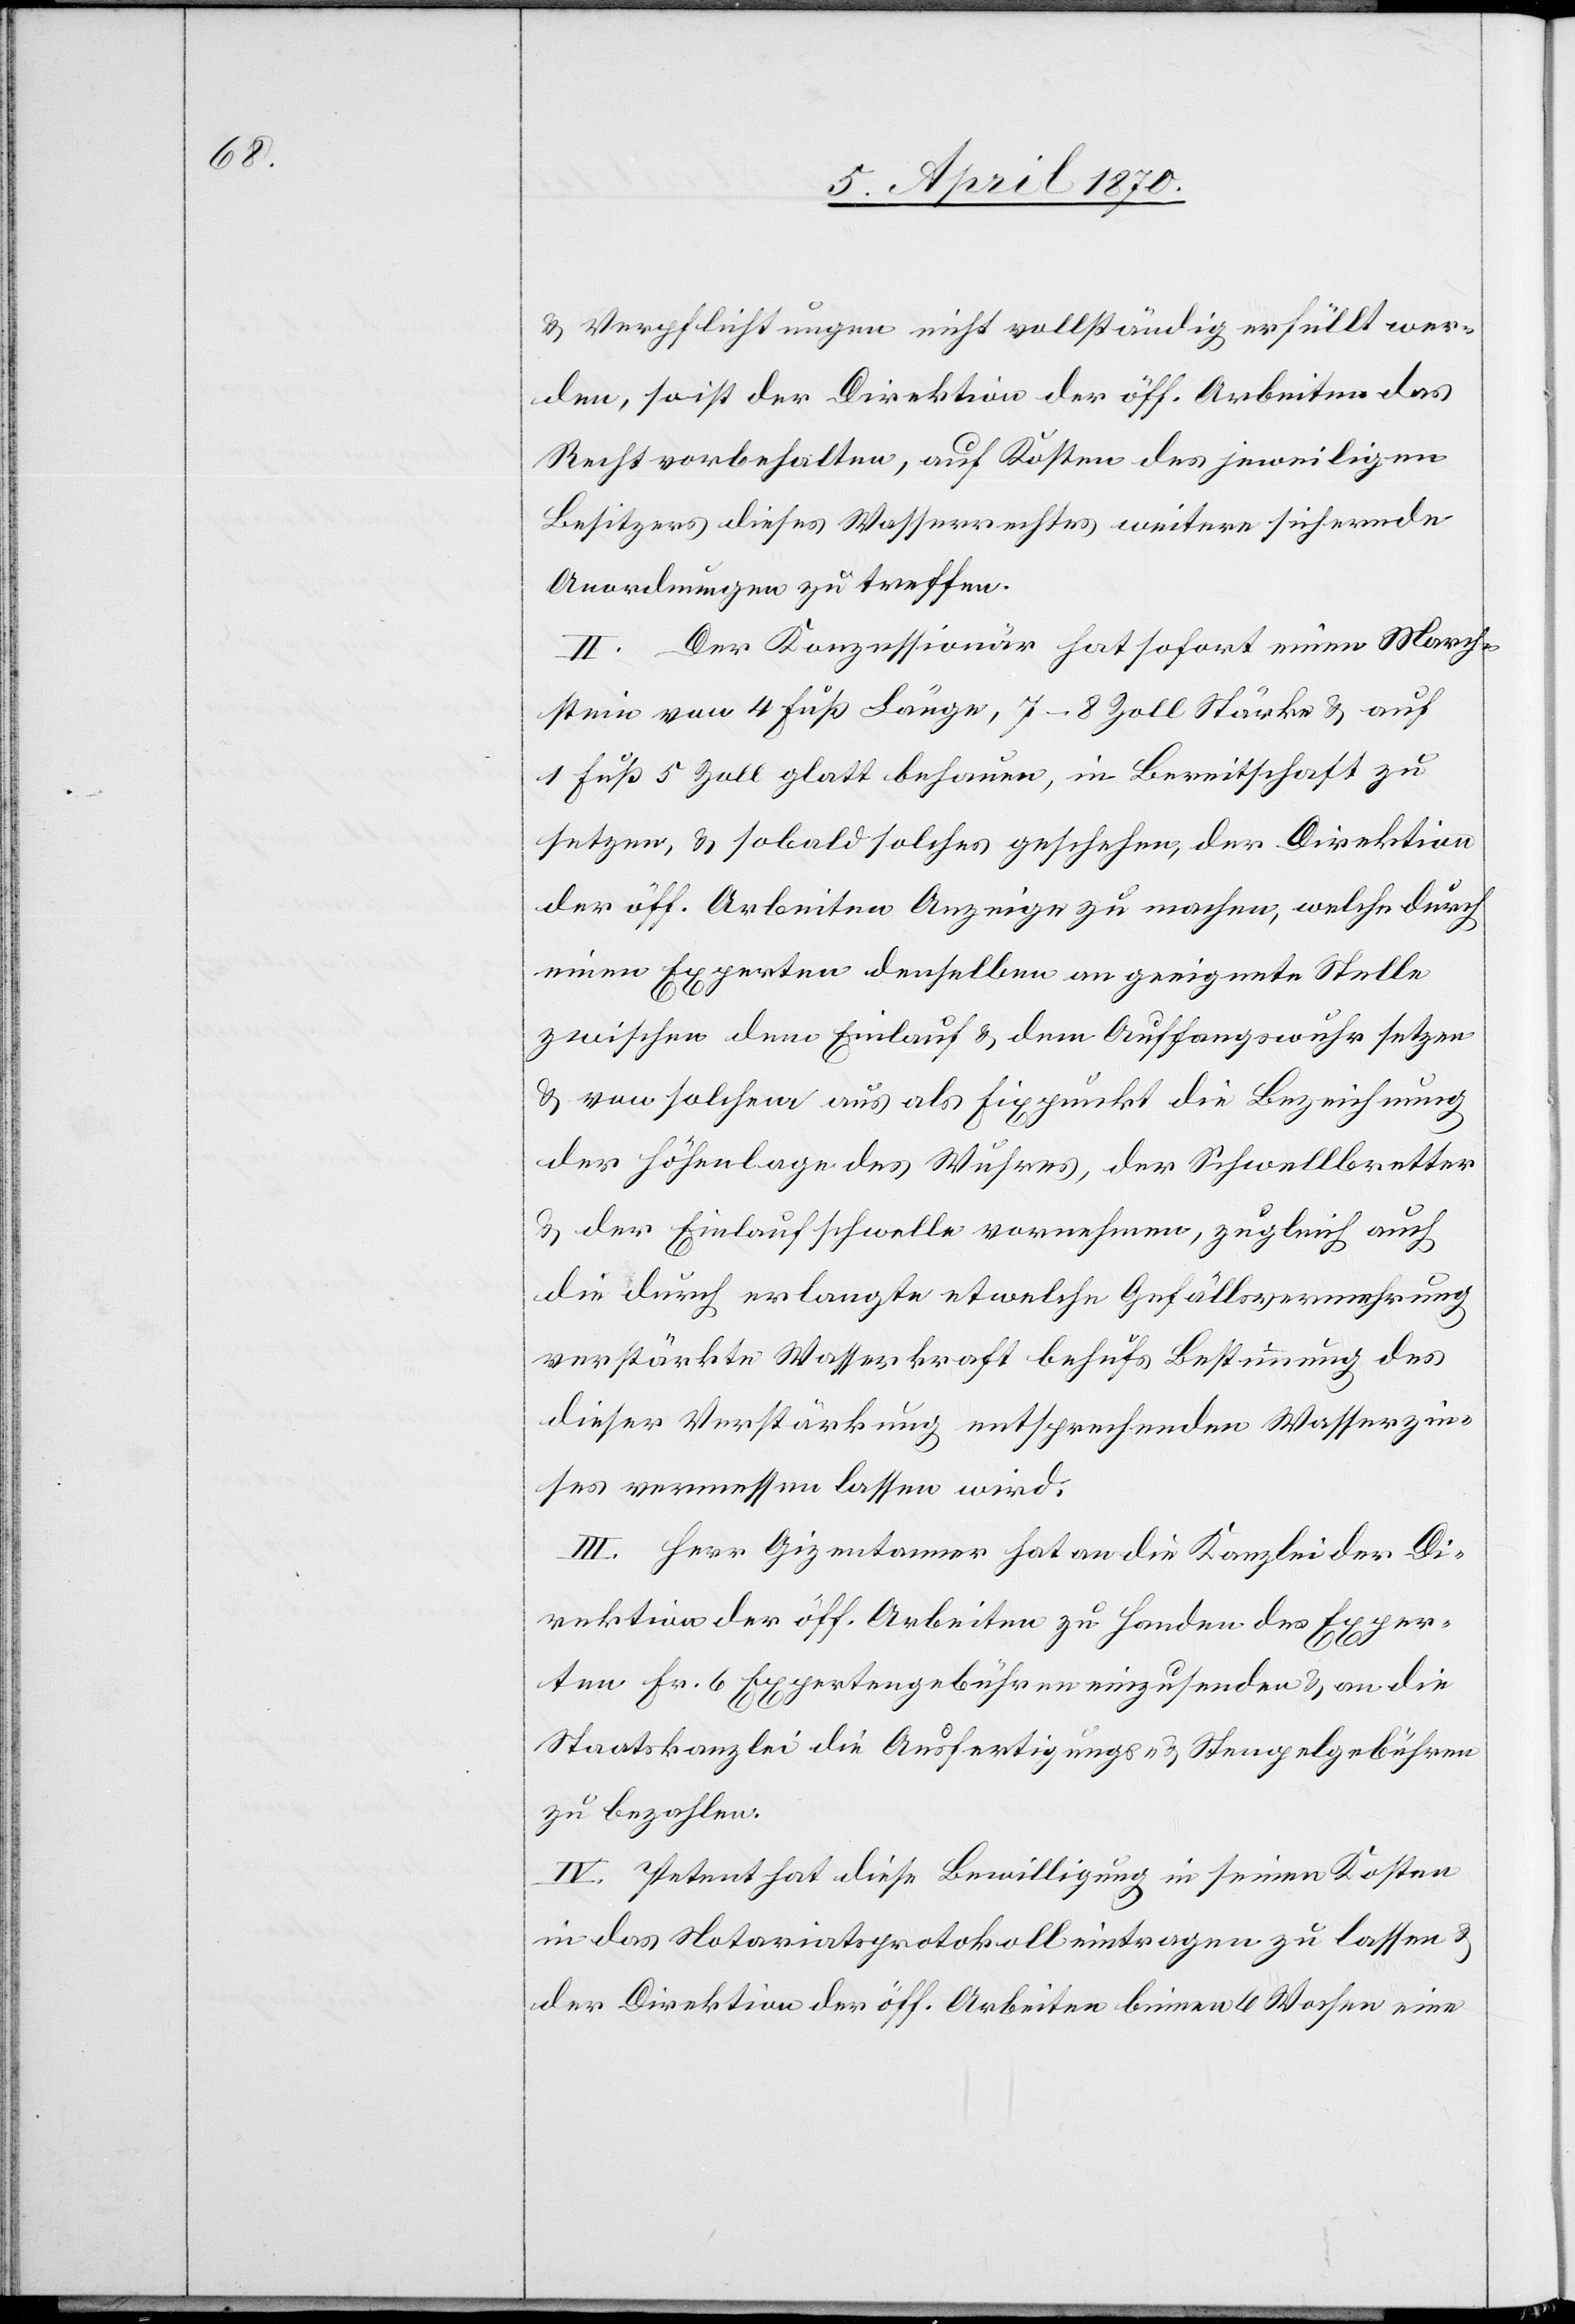
& Verpflichtungen nicht vollständig erfüllt wer¬
den, so ist der Direktion der öff. Arbeiten das
Recht vorbehalten, auf Kosten des jeweiligen
Besitzers dieses Wasserrechtes weitere sichernde
Anordnungen zu treffen.
II. Der Konzessionär hat sofort einen March¬
stein von 4 Fuß Länge, 7–8 Zoll Stärke & auf
1 Fuß 5 Zoll glatt behauen, in Bereitschaft zu
setzen, & sobald solches geschehen, der Direktion
der öff. Arbeiten Anzeige zu machen, welche durch
einen Experten denselben an geeignete Stelle
zwischen dem Einlauf & dem Auffangswuhr setzen
& von solchem aus als Fixpunkt die Bezeichnung
der Höhenlage des Wuhres, der Schwellbretter
& der Einlaufschwelle vornehmen, zugleich auch
die durch erlangte etwelche Gefällsvermehrung
verstärkte Wasserkraft behufs Bestimmung des
dieser Verstärkung entsprechenden Wasserzin¬
ses vermessen lassen wird.
III. Herr Gizentanner hat an die Kanzlei der Di¬
rektion der öff. Arbeiten zu Handen des Exper¬
ten Fr. 6 Expertengebühren einzusenden & an die
Staatskanzlei die Ausfertigungs- & Stempelgebühren
zu bezahlen.
IV. Petent hat diese Bewilligung in seinen Kosten
in das Notariatsprotokoll eintragen zu lassen &
der Direktion der öff. Arbeiten binnen 6 Wochen eine